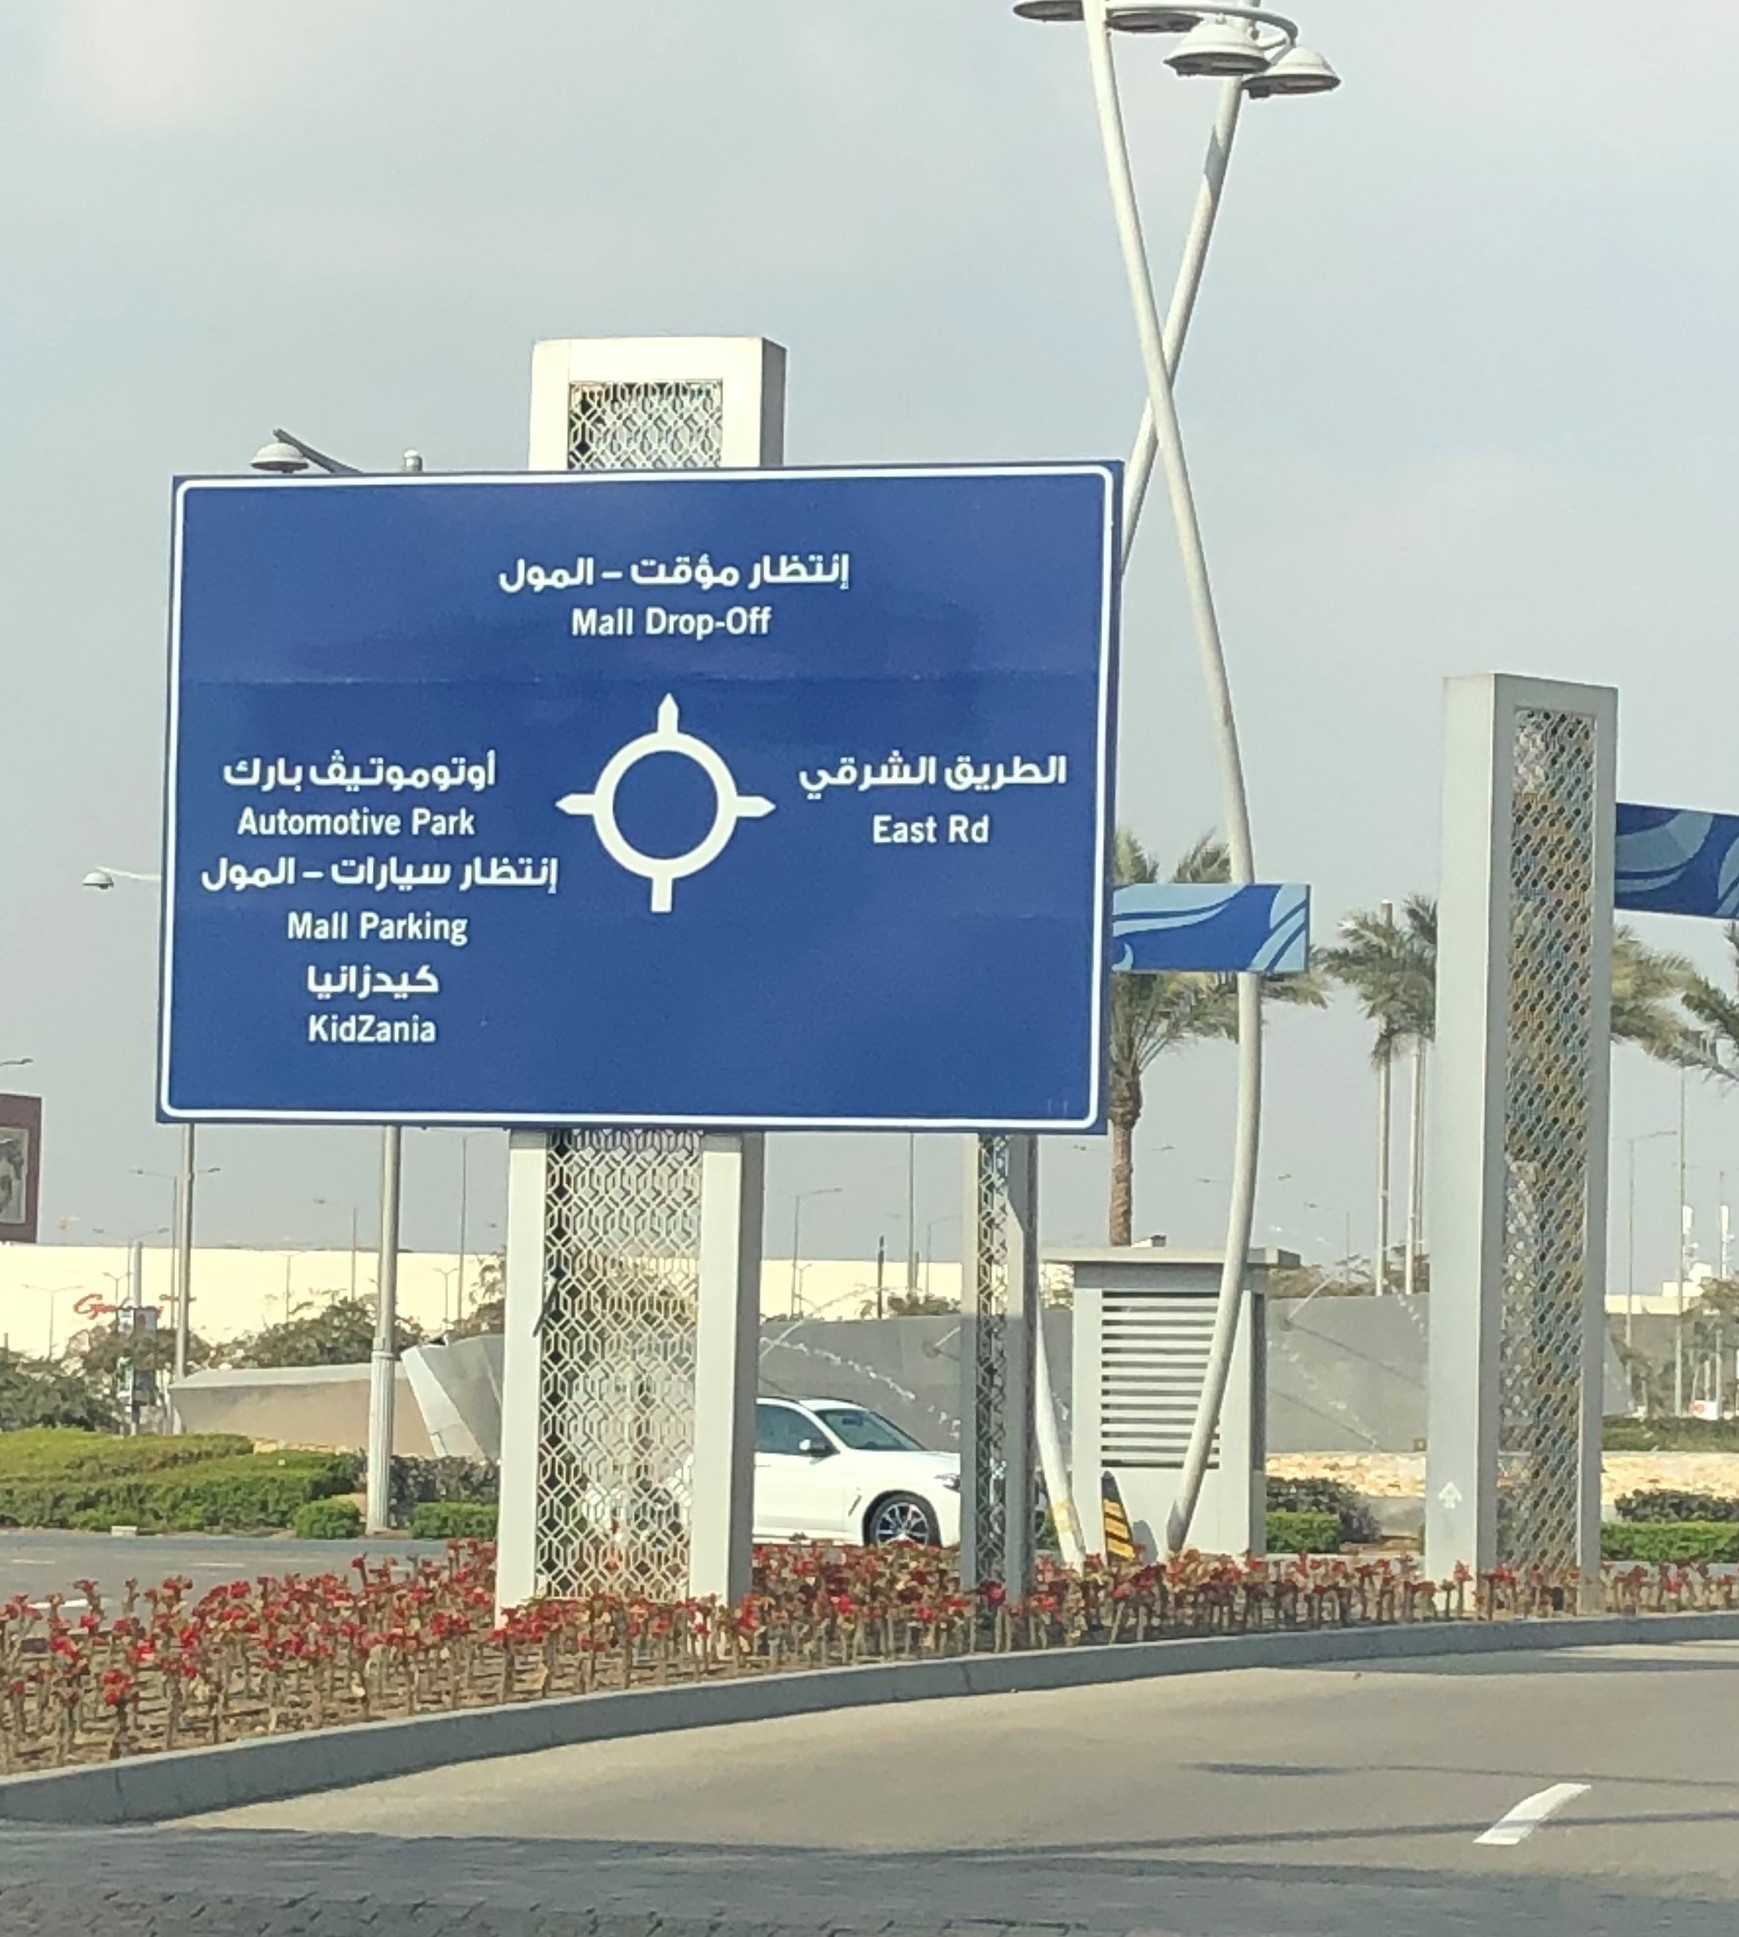
Text in image: إنتظار مؤقت المول اوتوموتيف الطريق الشرقي بارك المول سيارات إنتظار كيدزانيا Mall Drop-Off Park Automotive East Rd Mall Parking KidZania